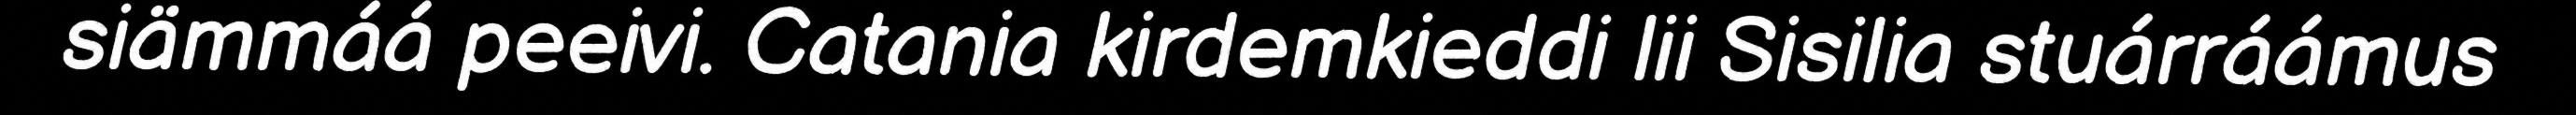
siämmáá peeivi. Catania kirdemkieddi lii Sisilia stuárráámus